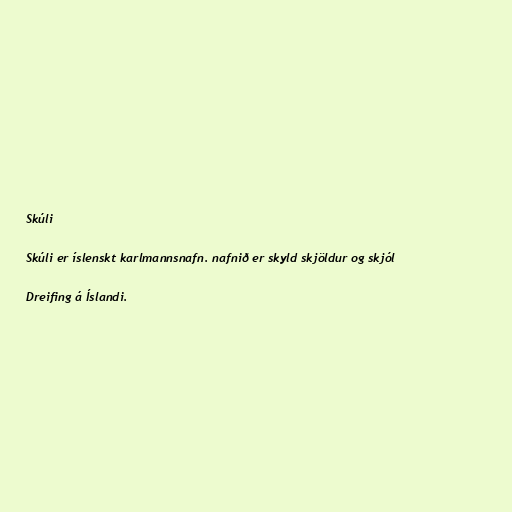
Skúli

Skúli er íslenskt karlmannsnafn. nafnið er skyld skjöldur og skjól

Dreifing á Íslandi.